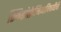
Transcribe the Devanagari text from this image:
स्किझोफ्रेनियाविषयीची